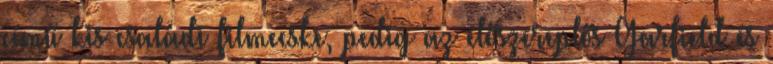
című kis családi filmecske, pedig az élőszereplős Garfield és